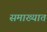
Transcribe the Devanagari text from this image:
समाख्यात